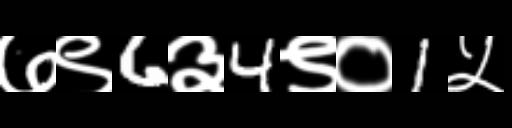
Text: ७९6३4९०1५